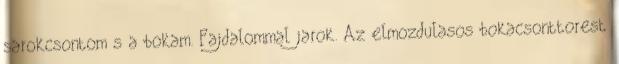
sarokcsontom s a bokam. Fajdalommal jarok. Az elmozdulasos bokacsonttorest